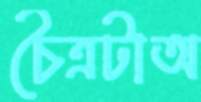
চৈত্রটাঅ